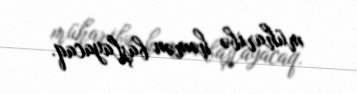
müharibə həmən başlayacaq.